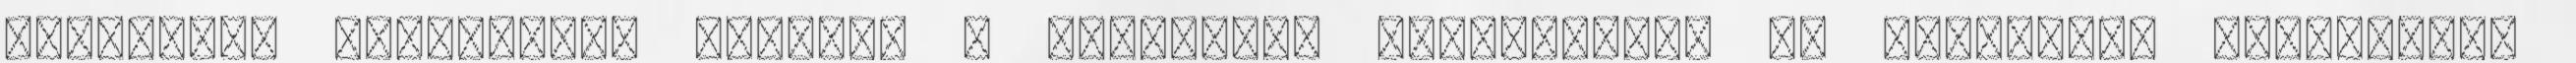
ÁLLAMILAG TÁMOGATOTT HITELEK A LAKÁSCÉLÚ TÁMOGATÁSOK ÉS ÁLLAMILAG TÁMOGATOTT